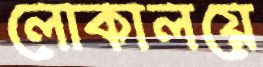
লোকালয়ে